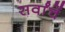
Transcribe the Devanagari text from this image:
सर्वांचें